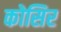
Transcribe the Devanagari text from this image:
कोसिर